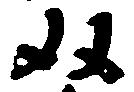
双